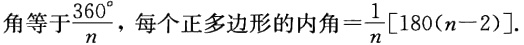
角等于\frac{360^{\circ}}{n}，每个正多边形的内角=\frac{1}{n}[180(n - 2)].